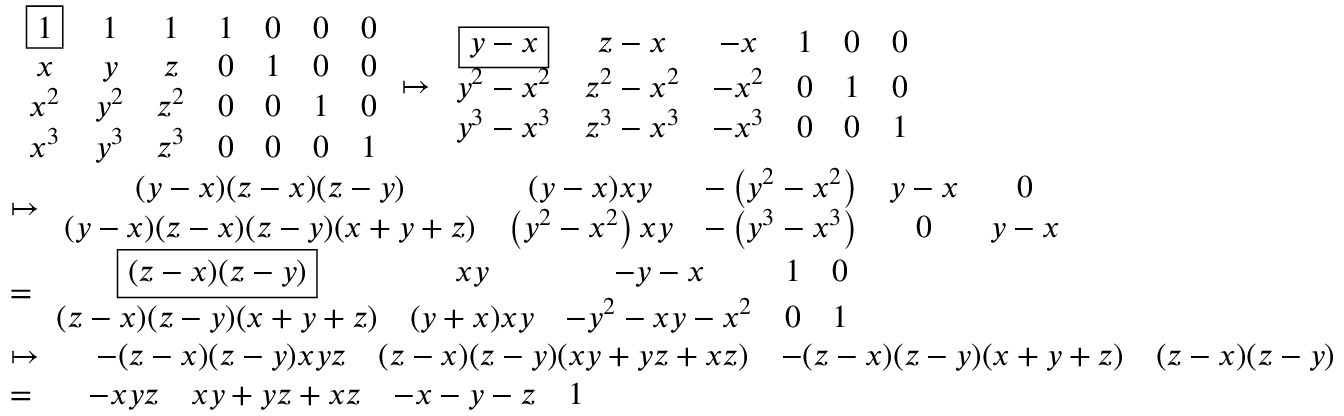
\begin{array} { r l } & { \begin{array} { c c c c c c c } { \boxed { 1 } } & { 1 } & { 1 } & { 1 } & { 0 } & { 0 } & { 0 } \\ { x } & { y } & { z } & { 0 } & { 1 } & { 0 } & { 0 } \\ { x ^ { 2 } } & { y ^ { 2 } } & { z ^ { 2 } } & { 0 } & { 0 } & { 1 } & { 0 } \\ { x ^ { 3 } } & { y ^ { 3 } } & { z ^ { 3 } } & { 0 } & { 0 } & { 0 } & { 1 } \end{array} \mapsto \begin{array} { c c c c c c } { \boxed { y - x } } & { z - x } & { - x } & { 1 } & { 0 } & { 0 } \\ { y ^ { 2 } - x ^ { 2 } } & { z ^ { 2 } - x ^ { 2 } } & { - x ^ { 2 } } & { 0 } & { 1 } & { 0 } \\ { y ^ { 3 } - x ^ { 3 } } & { z ^ { 3 } - x ^ { 3 } } & { - x ^ { 3 } } & { 0 } & { 0 } & { 1 } \end{array} } \\ & { \mapsto \begin{array} { c c c c c } { ( y - x ) ( z - x ) ( z - y ) } & { ( y - x ) x y } & { - \left( y ^ { 2 } - x ^ { 2 } \right) } & { y - x } & { 0 } \\ { ( y - x ) ( z - x ) ( z - y ) ( x + y + z ) } & { \left( y ^ { 2 } - x ^ { 2 } \right) x y } & { - \left( y ^ { 3 } - x ^ { 3 } \right) } & { 0 } & { y - x } \end{array} } \\ & { = \begin{array} { c c c c c } { \boxed { ( z - x ) ( z - y ) } } & { x y } & { - y - x } & { 1 } & { 0 } \\ { ( z - x ) ( z - y ) ( x + y + z ) } & { ( y + x ) x y } & { - y ^ { 2 } - x y - x ^ { 2 } } & { 0 } & { 1 } \end{array} } \\ & { \mapsto \begin{array} { c c c c c } & { - ( z - x ) ( z - y ) x y z } & { ( z - x ) ( z - y ) ( x y + y z + x z ) } & { - ( z - x ) ( z - y ) ( x + y + z ) } & { ( z - x ) ( z - y ) } \end{array} } \\ & { = \begin{array} { c c c c c } & { - x y z } & { x y + y z + x z } & { - x - y - z } & { 1 } \end{array} } \end{array}